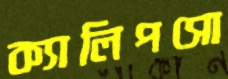
ক্যালিপসো